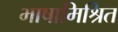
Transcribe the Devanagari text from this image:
भाषामिश्रित